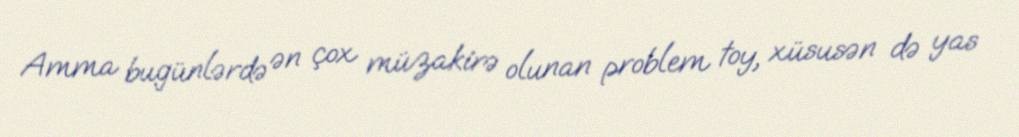
Amma bugünlərdə ən çox müzakirə olunan problem toy, xüsusən də yas